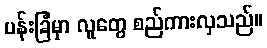
ပန်းခြံမှာ လူတွေ စည်ကားလှသည်။